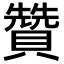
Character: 贊